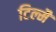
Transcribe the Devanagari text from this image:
टिल्मै